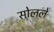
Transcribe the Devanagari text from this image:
सोलले